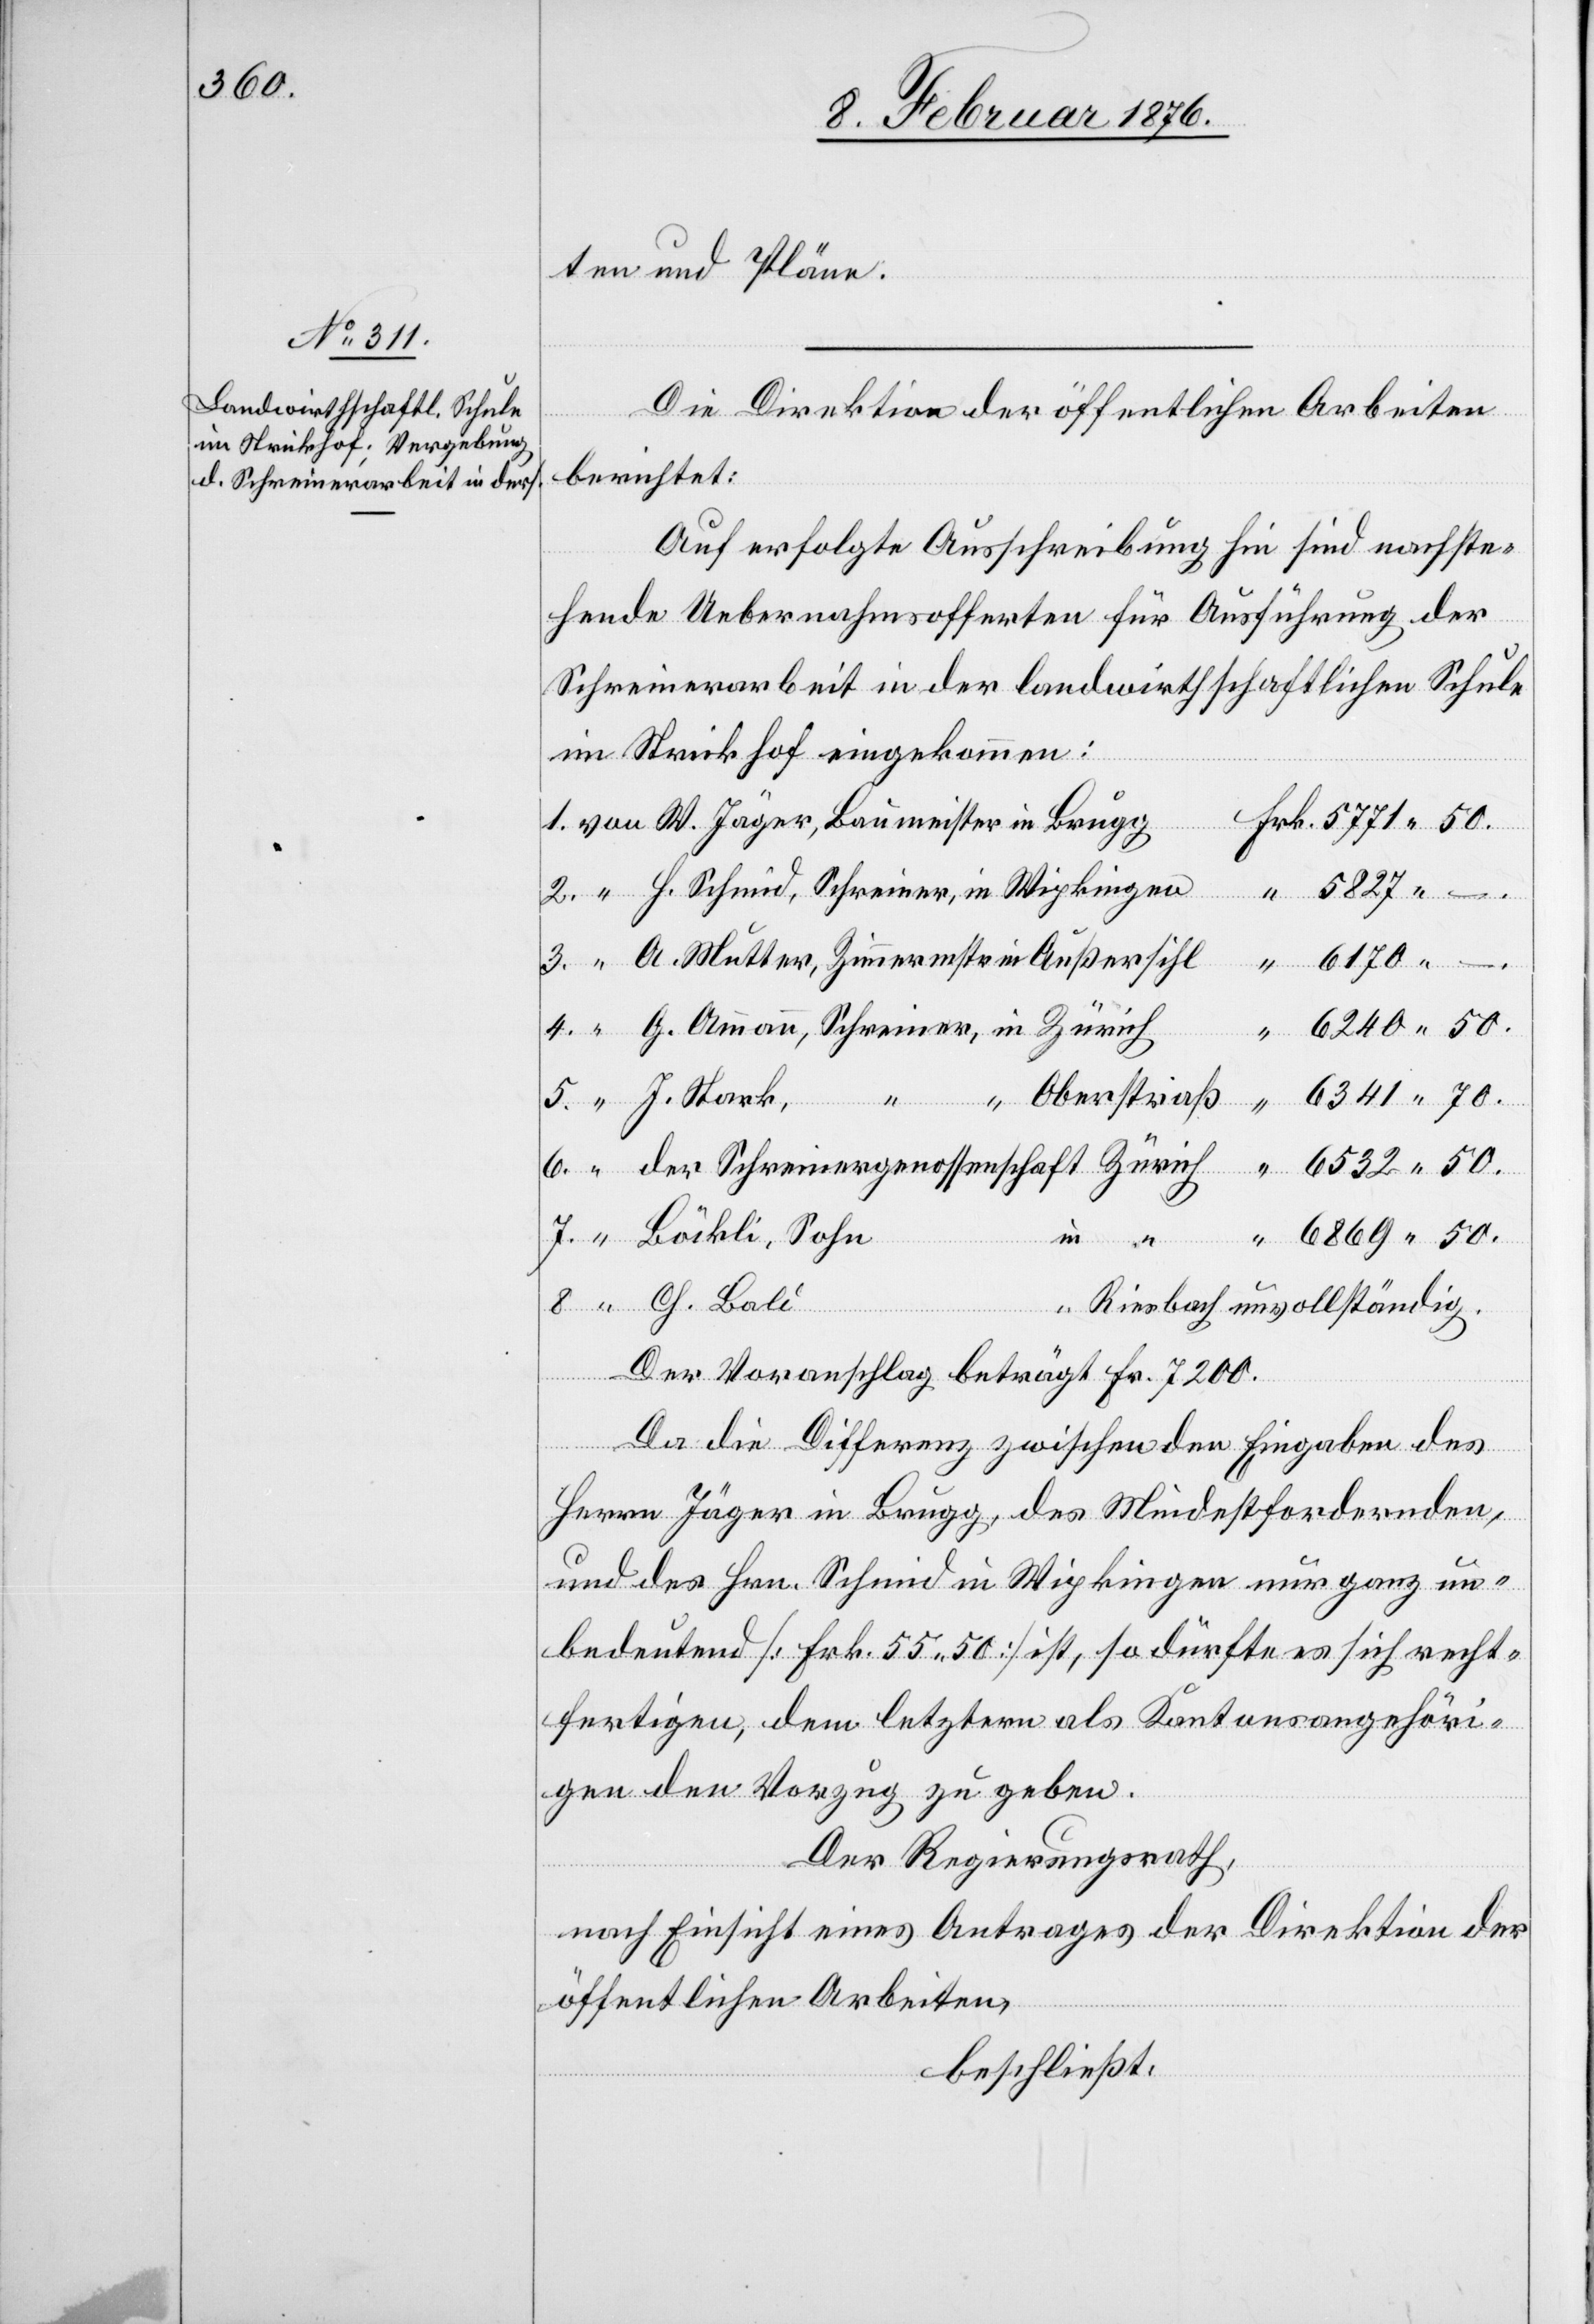
50.

ten und Pläne.
“
Die Direktion der öffentlichen Arbeiten
berichtet:
Auf erfolgte Ausschreibung hin sind nachste¬
hende Uebernahmsofferten für Ausführung der
Schreinerarbeit in der landwirthschaftlichen Schule
im Strickhof eingekommen:
1. von W. Jäger, Baumeister in Brugg
2. “ F. Schmid, Schreiner, in Wipkingen
3. “ A Mutter, Zimmermeister in Außersihl
4. “ G. Ammann, Schreiner, in Zürich
5. “ J. Hark,
–.
6. “ der Schreinergenossenschaft Zürich
7. “ Böckli, Sohn
8. “ G. Bali
in
Der Voranschlag beträgt Fr. 7200.
Da die Differenz zwischen der Eingabe des
Herrn Jäger in Brugg, des Mindestfordernden,
und des Hrn. Schmid in Wipkingen nur ganz un¬
bedeutend [Frk. 55,50] ist, so dürfte es sich recht¬
fertigen, dem letzteren als Kantonsangehöri¬
gen den Vorzug zu geben.
Der Regierungsrath,
nach Einsicht eines Antrages der Direktion der
öffentlichen Arbeiten,
beschließt: